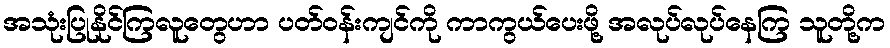
အသုံးပြုနိုင်ကြလူတွေဟာ ပတ်ဝန်းကျင်ကို ကာကွယ်ပေးဖို့ အလုပ်လုပ်နေကြ သူတို့က